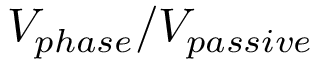
V _ { p h a s e } / V _ { p a s s i v e }